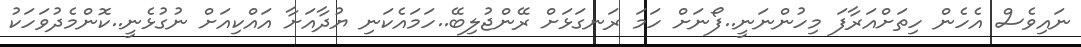
ނައިވެސް އެހެން ހިތަށްއަރާފަ މިހުންނަނީ..ފޯނަށް ހަމަ ރަނގަޅަށް ރޭންޖުލިބޭ..ހަމައެކަނި ޔުދާއަށާާ އައްކިއަށް ނުގުޅެނީ..ކޮންމެދުވަހަކު